Lunatic asylums Punjab 1868-1880 - 1868-1880
Year: 1868
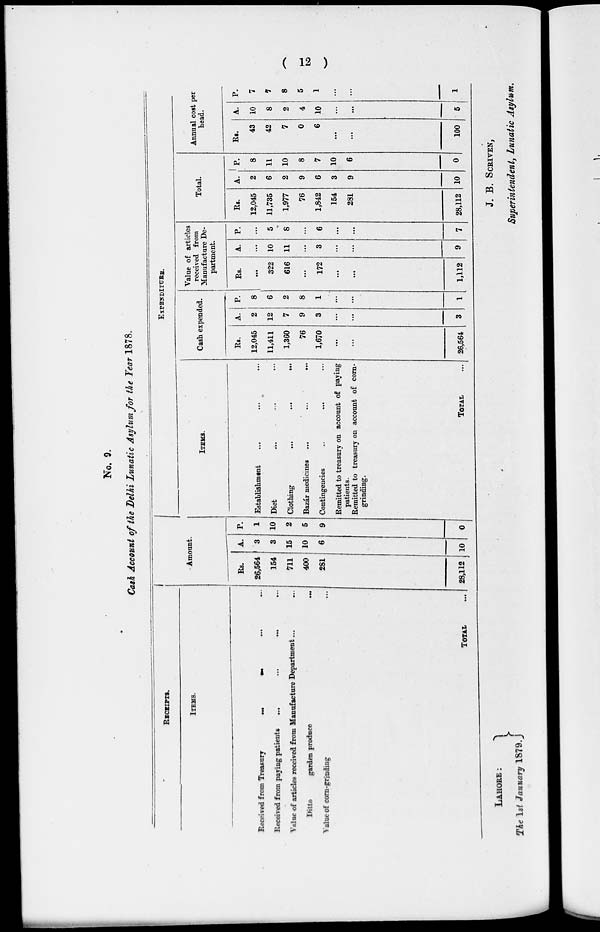
(12)
No. 9.
Cash Account of the Delhi Lunatic Asylum for the Year 1878.
RECEIPTS.
ITEMS.
Received from Treasury
...
...
...
...
Received from paying patients ... ... ... ...
Value of articles received from Manufacture Department ... ...
Ditto
garden produce
...
Value of corn-grinding
...
TOTAL
...
Amount.
Rs.
26,564
154
711
400
281
28,112
A.
3
3
15
10
6
10
P.
1
10
2
5
9
0
EXPENDITURE.
ITEMS.
Establishment ... ... ...
Diet ... ... ...
Clothing
...
...
...
Bazar medicines ...
...
...
Contingencies
..
...
Remitted to treasury on account of paying
patients.
Remitted to treasury on account of corn-
grinding.
TOTAL ...
Cash expended.
Rs.
12,045
11,411
1,360
76
1,670
...
...
26,564
A.
2
12
7
9
3
...
...
3
P.
8
6
2
8
1
...
...
1
Value of articles
received from
Manufacture De-
partment.
Rs.
...
322
616
...
172
...
...
1,112
A.
...
10
11
...
3
...
...
9
P.
...
5
8
...
6
...
...
7
Total.
Rs.
12,045
11,735
1,977
76
1,842
154
281
28,112
A.
2
6
2
9
6
3
9
10
P.
8
11
10
8
7
10
6
0
Annual cost per
head.
Rs.
43
42
7
0
6
...
...
100
A.
10
8
2
4
10
...
...
5
P.
7
7
8
5
1
...
...
1
LAHORE :
The 1st January 1879.
J. B. SCRIVEN,
Superintendent, Lunatic Asylum.